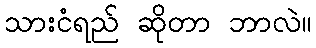
သားငံရည် ဆိုတာ ဘာလဲ။